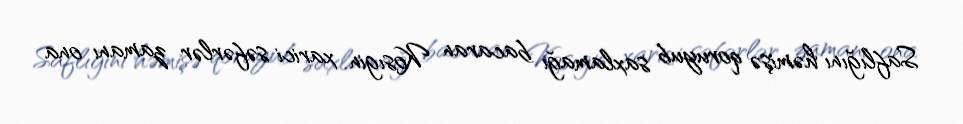
Saflığını həmişə qoruyub saxlamağı bacaran Kosıgin xarici səfərlər zamanı ona